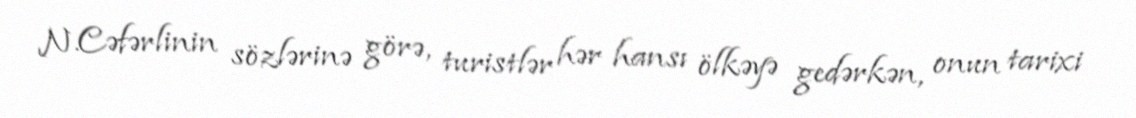
N.Cəfərlinin sözlərinə görə, turistlər hər hansı ölkəyə gedərkən, onun tarixi